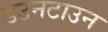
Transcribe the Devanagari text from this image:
डउनटाउन